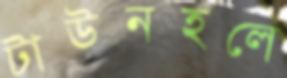
টাউনহলে